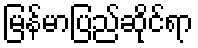
မြန်မာပြည်ဆိုင်ရာ